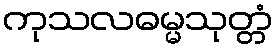
ကုသလဓမ္မသုတ္တံ